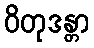
ဝိတုဒန္တာ